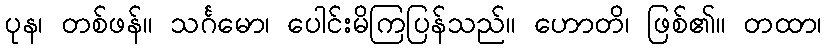
ပုန၊ တစ်ဖန်။ သင်္ဂမော၊ ပေါင်းမိကြပြန်သည်။ ဟောတိ၊ ဖြစ်၏။ တထာ၊